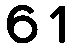
61